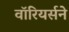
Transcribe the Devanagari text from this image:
वॉरियर्सने